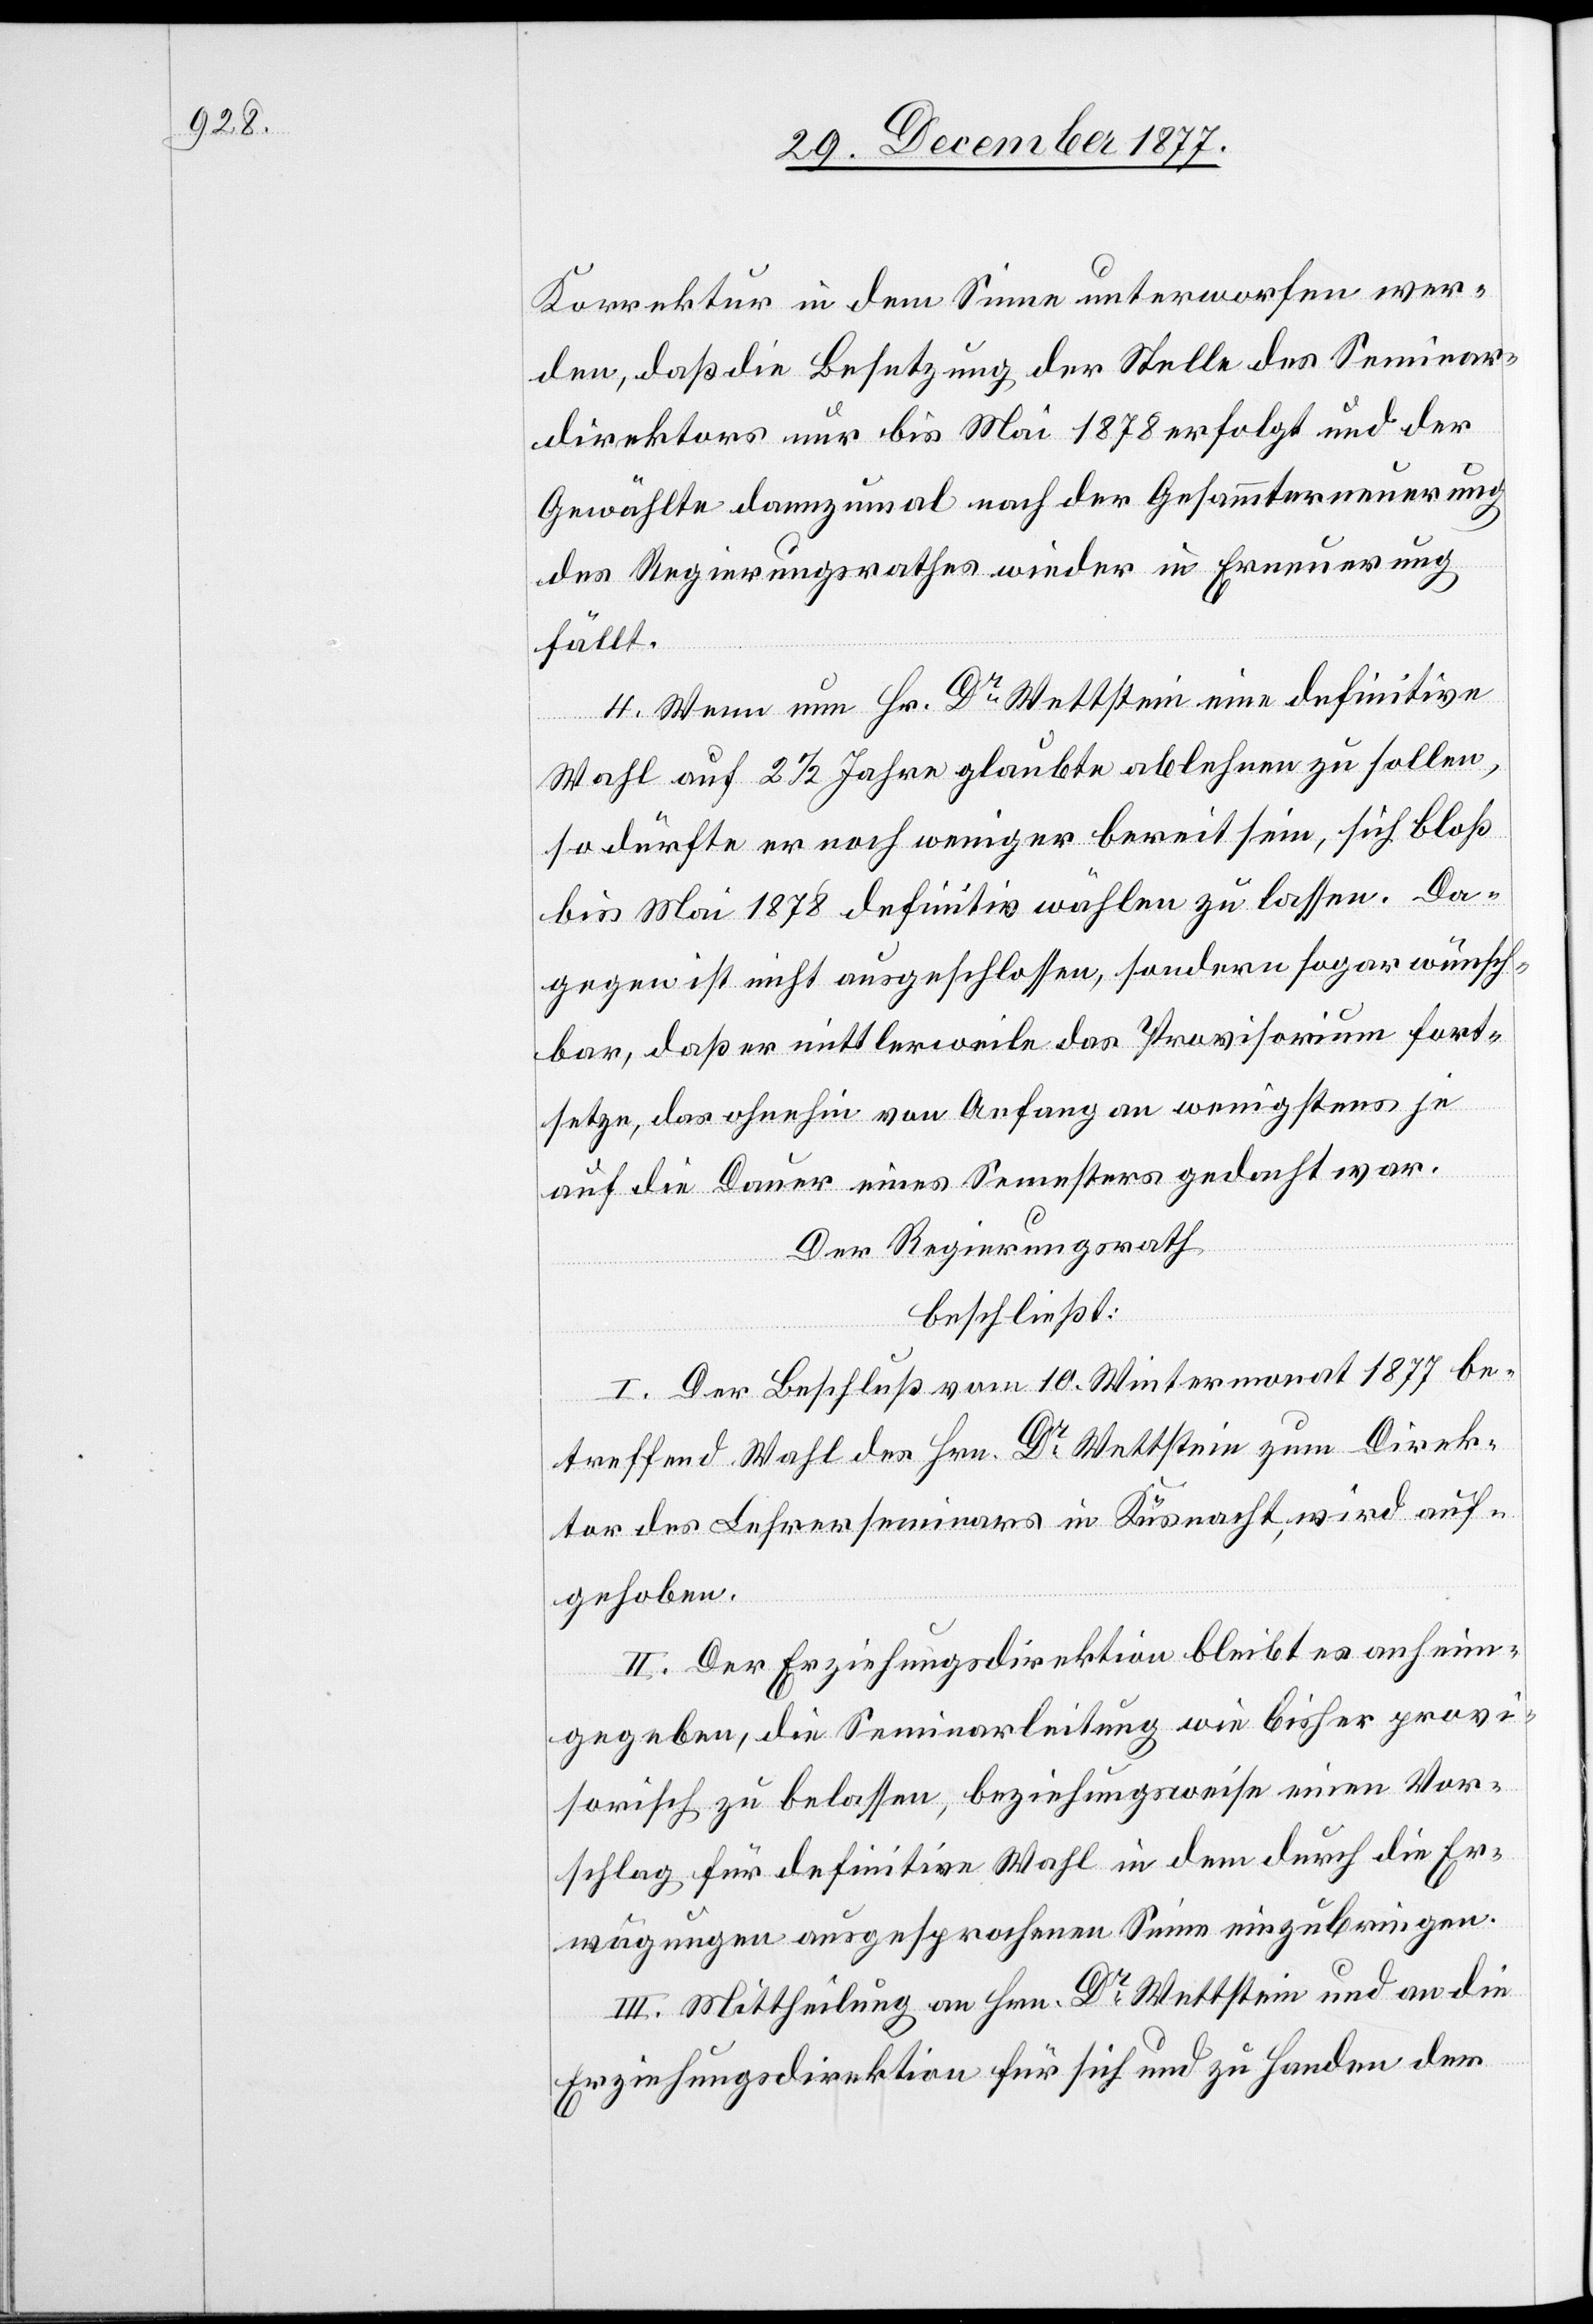
Korrektur in dem Sinne unterworfen wer¬
den, daß die Besetzung der Stelle des Seminar¬
direktors nur bis Mai 1878 erfolgt und der
Gewählte dannzumal nach der Gesammterneuerung
des Regierungsrathes wieder in Erneuerung
fällt.
4. Wenn nun Hr. Dr Wettstein eine definitive
Wahl auf 2 1/2 Jahre glaubte ablehnen zu sollen,
so dürfte er noch weniger bereit sein, sich bloß
bis Mai 1878 definitiv wählen zu lassen. Da¬
gegen ist nicht ausgeschlossen, sondern sogar wünsch¬
bar, daß er mittlerweile das Provisorium fort¬
setze, das ohnehin von Anfang an wenigstens je
auf die Dauer eines Semesters gedacht war.
Der Regierungsrath
beschließt:
I. Der Beschluß vom 10. Wintermonat 1877 be¬
treffend Wahl des Hrn. Dr Wettstein zum Direk¬
tor des Lehrerseminars in Küsnacht, wird auf¬
gehoben.
II. Der Erziehungsdirektion bleibt es anheim¬
gegeben, die Seminarleitung wie bisher provi¬
sorisch zu belassen, beziehungsweise einen Vor¬
schlag für definitive Wahl in dem durch die Er¬
wägungen ausgesprochenen Sinne einzubringen.
III. Mittheilung an Hrn. Dr Wettstein und an die
Erziehungsdirektion für sich und zu Handen der